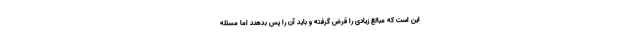
این است که مبالغ زیادی را قرض گرفته و باید آن را پس بدهند اما مسئله